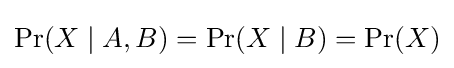
\Pr(X\mid A,B)=\Pr(X\mid B)=\Pr(X)